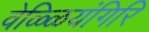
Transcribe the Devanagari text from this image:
वेळ्ळियंगिरि